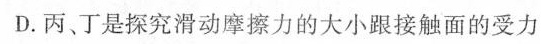
D.丙、丁是探究滑动摩擦力的大小跟接触面的受力